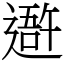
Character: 𨖍